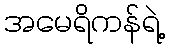
အမေရိကန်ရဲ့